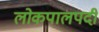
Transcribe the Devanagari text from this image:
लोकपालपदी